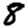
Digit: 8